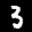
Label: 3